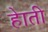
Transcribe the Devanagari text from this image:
हेाती